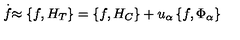
\stackrel { . } { f } \approx \left\{ f , H _ { T } \right\} = \left\{ f , H _ { C } \right\} + u _ { \alpha } \left\{ f , \Phi _ { \alpha } \right\}